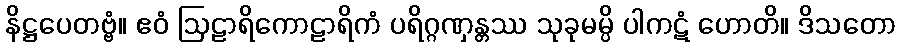
နိဋ္ဌပေတဗ္ဗံ။ ဧဝံ ဩဠာရိကောဠာရိကံ ပရိဂ္ဂဏှန္တဿ သုခုမမ္ပိ ပါကဋံ ဟောတိ။ ဒိသတော